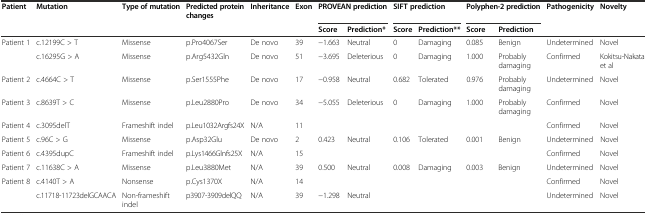
| Patient | Mutation | Type of mutation | Predicted protein changes | Inheritance | Exon | <COLSPAN=2> PROVEAN prediction | <COLSPAN=2> SIFT prediction | <COLSPAN=2> Polyphen-2 prediction | Pathogenicity | Novelty |
 |  |  |  |  |  |  | Score | Prediction* | Score | Prediction** | Score | Prediction |  |  |
 | --- | --- | --- | --- | --- | --- | --- | --- | --- | --- | --- | --- | --- | --- |
 | Patient 1 | c.12199C > T | Missense | p.Pro4067Ser | De novo | 39 | −1.663 | Neutral | 0 | Damaging | 0.085 | Benign | Undetermined | Novel |
 |  | c.16295G > A | Missense | p.Arg5432Gln | De novo | 51 | −3.695 | Deleterious | 0 | Damaging | 1.000 | Probably damaging | Confirmed | Kokitsu-Nakata et al |
 | Patient 2 | c.4664C > T | Missense | p.Ser1555Phe | De novo | 17 | −0.958 | Neutral | 0.682 | Tolerated | 0.976 | Probably damaging | Undetermined | Novel |
 | Patient 3 | c.8639T > C | Missense | p.Leu2880Pro | De novo | 34 | −5.055 | Deleterious | 0 | Damaging | 1.000 | Probably damaging | Confirmed | Novel |
 | Patient 4 | c.3095delT | Frameshift indel | p.Leu1032Argfs24X | N/A | 11 |  |  |  |  |  |  | Confirmed | Novel |
 | Patient 5 | c.96C > G | Missense | p.Asp32Glu | De novo | 2 | 0.423 | Neutral | 0.106 | Tolerated | 0.001 | Benign | Undetermined | Novel |
 | Patient 6 | c.4395dupC | Frameshift indel | p.Lys1466Glnfs25X | N/A | 15 |  |  |  |  |  |  | Confirmed | Novel |
 | Patient 7 | c.11638C > A | Missense | p.Leu3880Met | N/A | 39 | 0.500 | Neutral | 0.008 | Damaging | 0.003 | Benign | Undetermined | Novel |
 | Patient 8 | c.4140T > A | Nonsense | p.Cys1370X | N/A | 14 |  |  |  |  |  |  | Confirmed | Novel |
 |  | c.11718-11723delGCAACA | Non-frameshift indel | p3907-3909delQQ | N/A | 39 | −1.298 | Neutral |  |  |  |  | Undetermined | Novel |